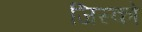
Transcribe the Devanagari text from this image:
जिस्को